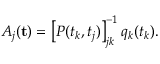
A _ { j } ( \mathbf { t } ) = \left[ P ( t _ { k } , t _ { j } ) \right] _ { j k } ^ { - 1 } q _ { k } ( t _ { k } ) .